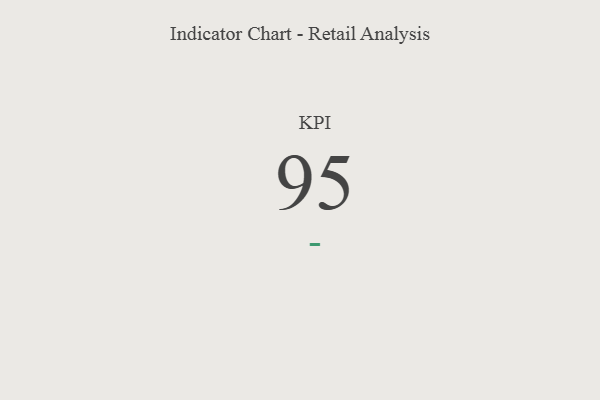
{"axis": {"x": "KPI", "y": "Value"}, "legend": [""], "data": [{"x": "KPI", "y": 95, "type": ""}]}